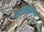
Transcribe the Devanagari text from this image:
पराफेक्शन